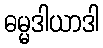
ဓမ္မဒါယာဒါ